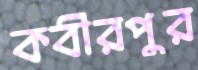
কবীরপুর